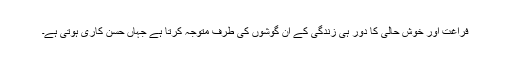
فراغت اور خوش حالی کا دور ہی زندگی کے ان گوشوں کی طرف متوجہ کرتا ہے جہاں حُسن کاری ہوتی ہے۔